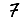
Digit: 7